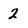
Character: 2